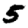
Digit: 5